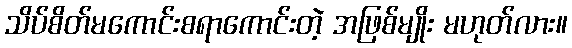
သိပ်စိတ်မကောင်းစရာကောင်းတဲ့ အဖြစ်မျိုး မဟုတ်လား။